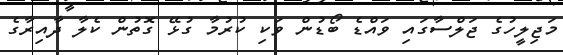
މަޖިލީހުގެ ޖަލްސާގައި ވައްޑެ ބޯޑުން ވަކި ކުރުމާ ގުޅޭ ގޮތުން ކެލާ ދާއިރާގެ